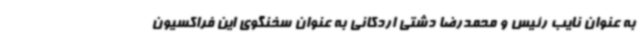
به عنوان نایب رئیس و محمدرضا دشتی اردکانی به عنوان سخنگوی این فراکسیون